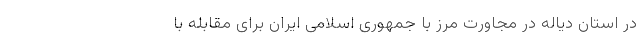
در استان دیاله در مجاورت مرز با جمهوری اسلامی ایران برای مقابله با